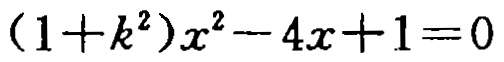
\((1 + k^{2})x^{2}-4x + 1 = 0\)